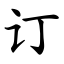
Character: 订